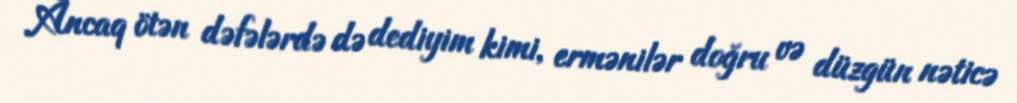
Ancaq ötən dəfələrdə də dediyim kimi, ermənilər doğru və düzgün nəticə